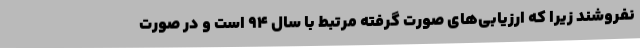
نفروشند زیرا که ارزیابی‌های صورت گرفته مرتبط با سال 94 است و در صورت